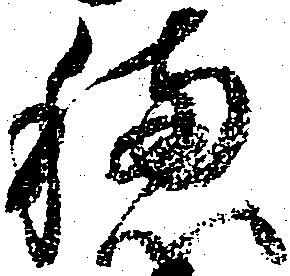
穂